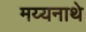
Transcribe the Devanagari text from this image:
मय्यनाथे